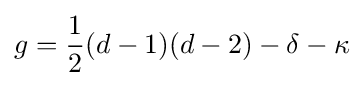
g={1 \over 2}(d-1)(d-2)-\delta -\kappa